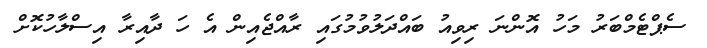
ސެޕްޓެމްބަރު މަހު އޮންނަ ރިވިއު ބައްދަލުވުމުގައި ރާއްޖެއިން އެ ހަ ދާއިރާ އިސްލާހުކޮށް